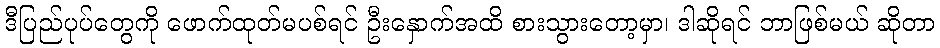
ဒီပြည်ပုပ်တွေကို ဖောက်ထုတ်မပစ်ရင် ဦးနှောက်အထိ စားသွားတော့မှာ၊ ဒါဆိုရင် ဘာဖြစ်မယ် ဆိုတာ